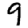
Digit: 9